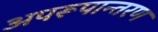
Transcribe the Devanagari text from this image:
अपरूपान्तरण